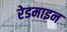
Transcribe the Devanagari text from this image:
रेडमाइन